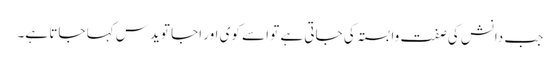
جب دانش کی صفت وابستہ کی جاتی ہے تو اسے کوی اور اجا تویدس کہا جاتا ہے۔